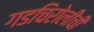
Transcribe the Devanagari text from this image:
गडचिरोलीची